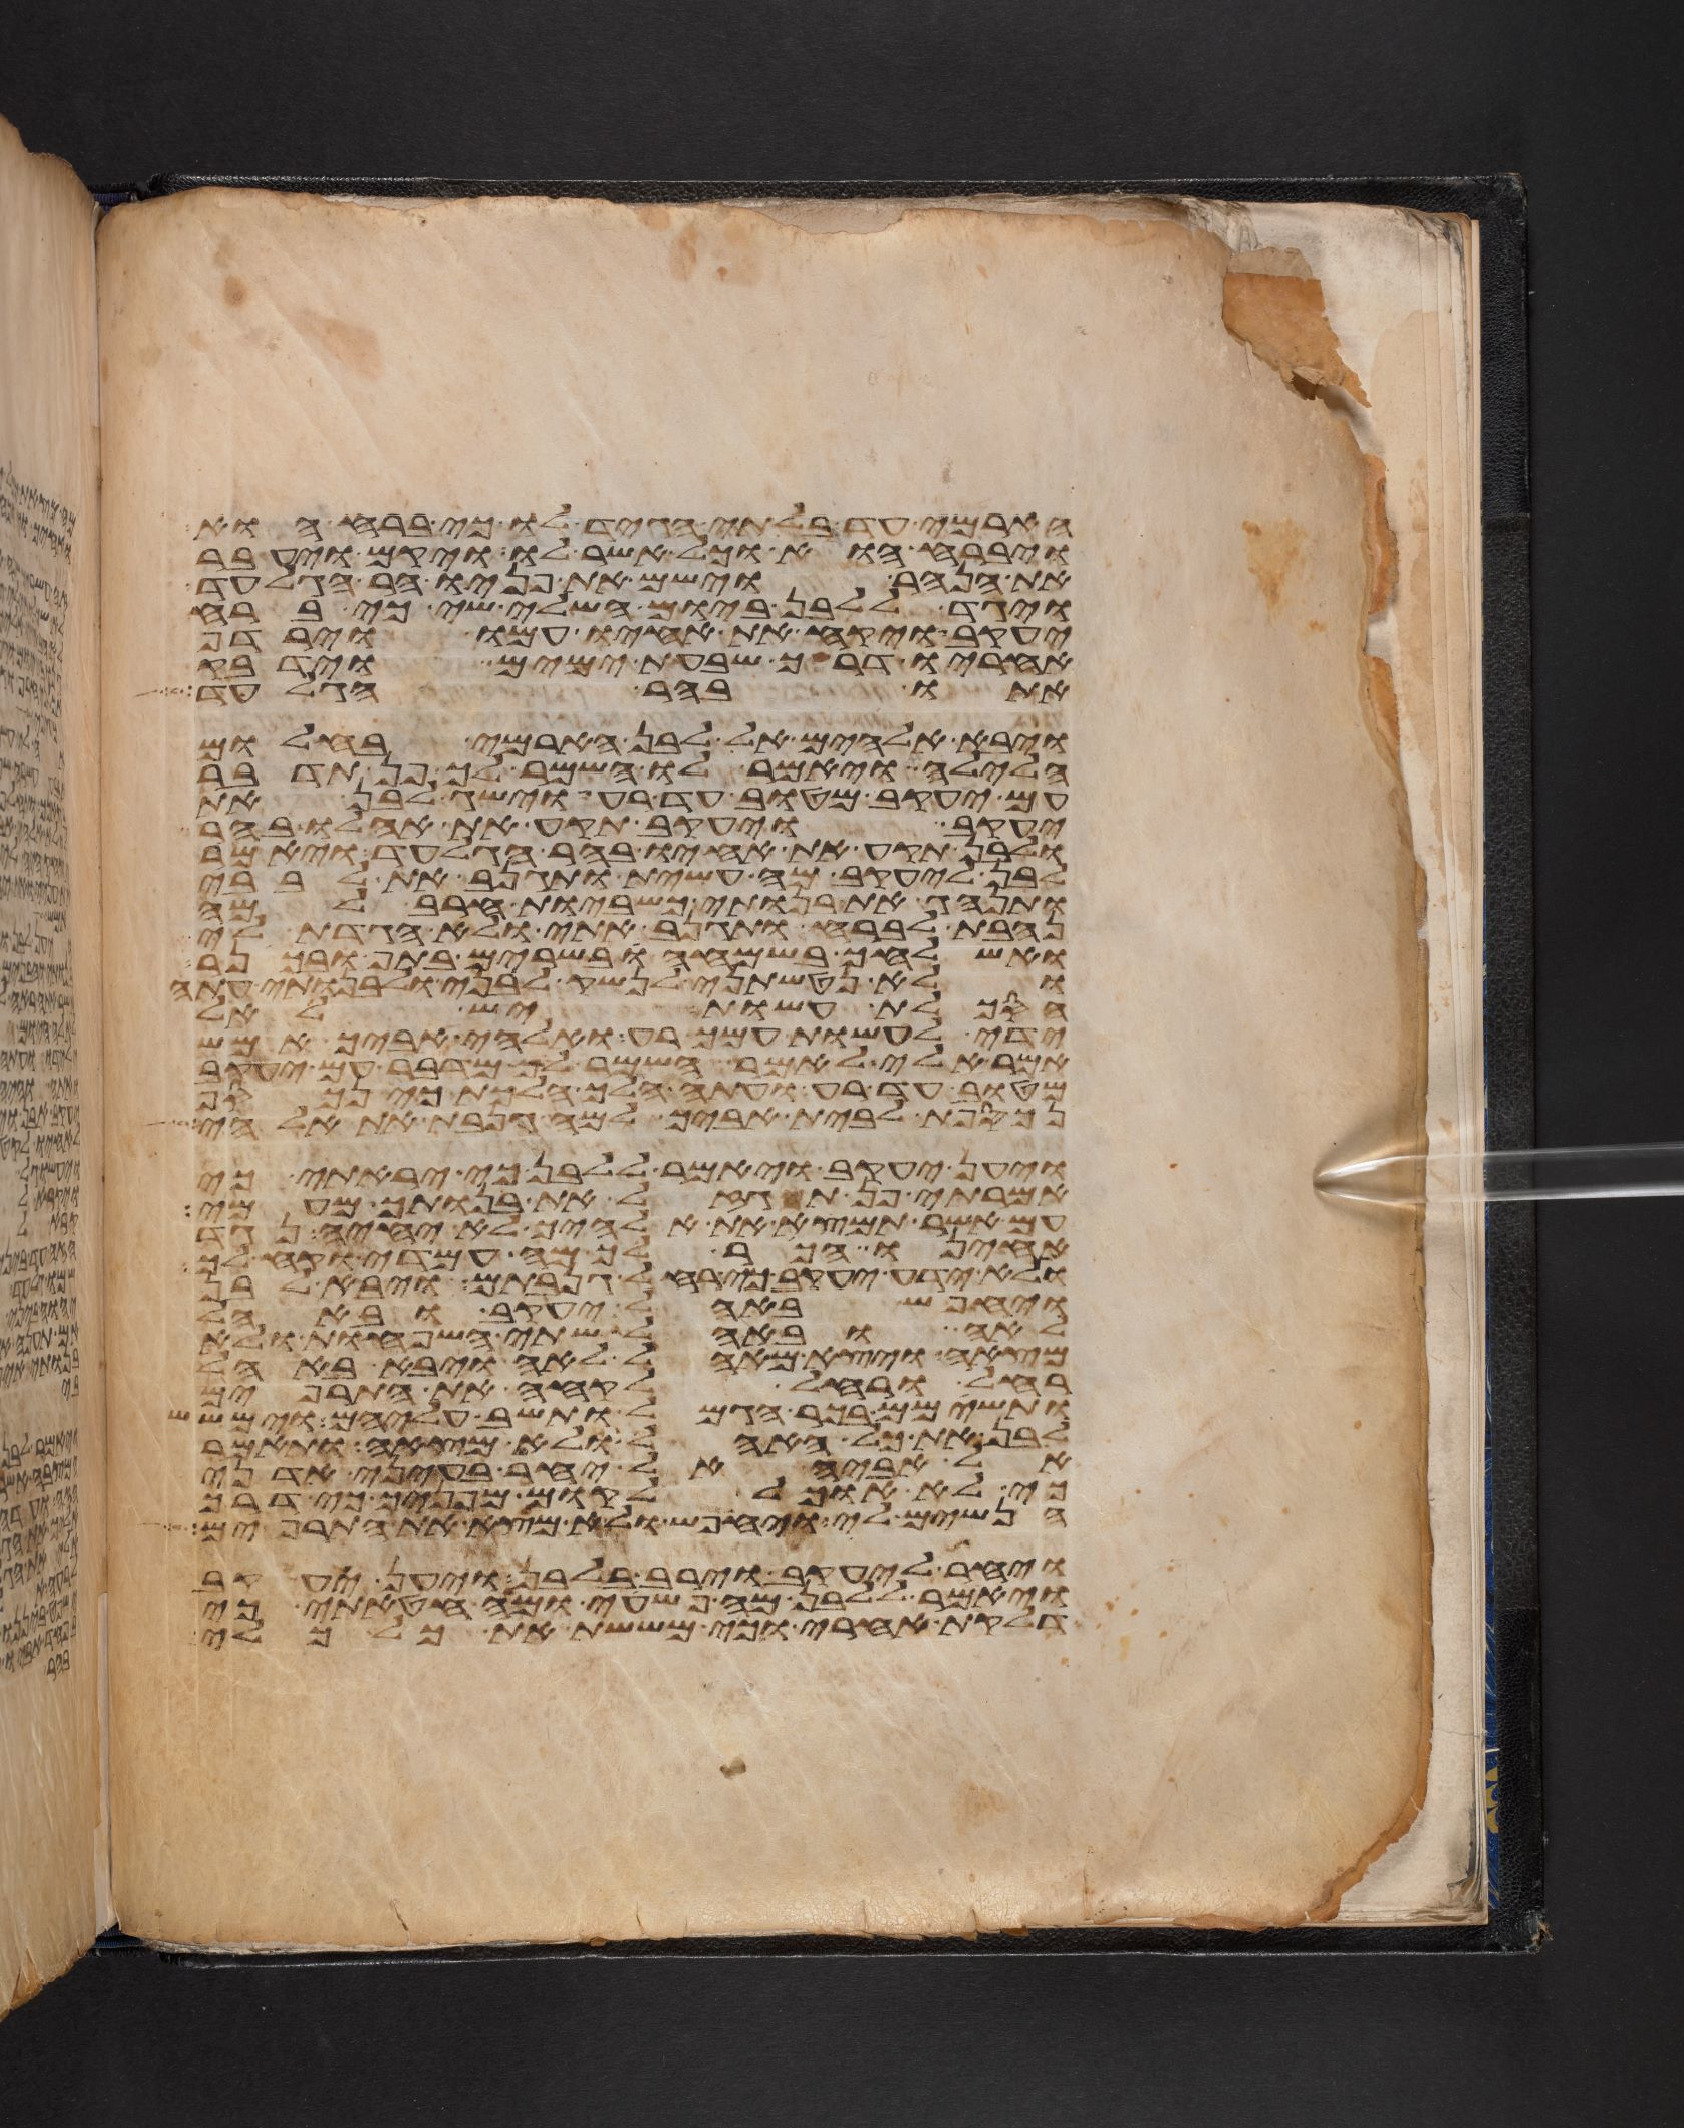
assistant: הארמי עד בלתי הגיד לו כי ברח הוא
ויברח הוא וכל אשר לו ויקם ויעבר
את הנהר וישם את פניו הר הגלעד
ויגד ללבן ביום השלישי כי ברח
יעקב ויקח את אחיו עמו וירדף
אחריו דרך שבעת ימים וידבק
אתו בהר הגלעד
ויבא אלהים אל לבן הארמי בחלום
הלילה ויאמר לו השמר לך פן תדבר
עם יעקב מטוב עד רע וישג לבן את
יעקב ויעקב תקע את אהלו בהר
ולבן תקע את אחיו בהר הגלעד ויאמר
לבן ליעקב מה עשית ותגנב את לבבי
ותנהג את בנותי כשביות חרב למה
נחבת לברח ותגנב אתי ולא הגדת לי
ואשלחך בשמחה בשרים בתף ובכנר
ולא נטשתני לנשק לבני ולבנותי עתה
הסכלת עשות יש לאל
ידי לעשות עמך רע ואלהי אביך אמש
אמר אלי לאמר השמר לך מדבר עם יעקב
מטוב עד רע ועתה הלך הלכת כי
נכספת לבית אביך למה גנבת את אלהי
ויען יעקב ויאמר ללבן כי יראתי כי
אמרתי פן תגזל את בנותך מעמי
עם אשר תמצא את אלהיך לא יחיה נגד
אחינו הכר לך מה עמדי וקח לך
ולא ידע יעקב כי רחל גנבתם ויבא לבן
ויחפש באהל יעקב ובאהל
לאה ובאהל שתי השפחות ולא
מצא ויצא מאהל לאה ויבא באהל
רחל ורחל לקחה את התרפים
ותשימם בכר הגמל ותשב עליהם וימשש
לבן את כל האהל ולא מצא ותאמר
אל אביה אל יחר בעיני אדני
כי לא אוכל לקום מפניך כי דרך
הנשים לי ויחפש ולא מצא את התרפים
ויחר ליעקב וירב בלבן ויען יעקב
ויאמר ללבן מה פשעי ומה חטאתי כי
דלקת אחרי וכי מששת את כל כלי